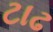
ટાઢ